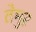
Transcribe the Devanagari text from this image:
तेमुर